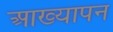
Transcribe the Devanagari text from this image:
आख्यापन